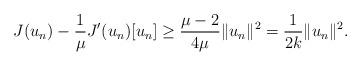
LaTeX: \begin{align*}J(u_n)-\frac{1}{\mu} J'(u_n)[u_n] \geq \frac{\mu-2}{4\mu} \Vert u_n \Vert^2 = \frac{1}{2k} \Vert u_n \Vert^2.\end{align*}